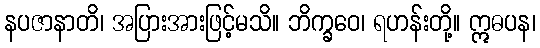
နပဇာနာတိ၊ အပြားအားဖြင့်မသိ။ ဘိက္ခဝေ၊ ရဟန်းတို့။ ဣဓပန၊